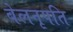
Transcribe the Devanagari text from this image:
बेलनृपति